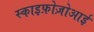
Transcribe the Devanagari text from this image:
स्काइफ़ोज़ोआई